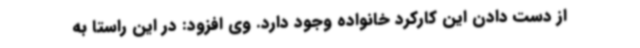
از دست دادن این کارکرد خانواده وجود دارد. وی افزود: در این راستا به